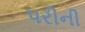
પરીની